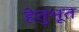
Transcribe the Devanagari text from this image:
हेतुभूत